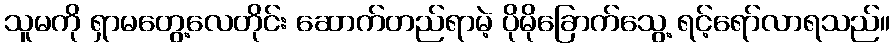
သူမကို ရှာမတွေ့လေတိုင်း ဆောက်တည်ရာမဲ့ ပိုမိုခြောက်သွေ့ ရင့်ရော်လာရသည်။